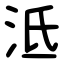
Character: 泜